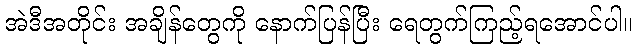
အဲဒီအတိုင်း အချိန်တွေကို နောက်ပြန်ပြီး ရေတွက်ကြည့်ရအောင်ပါ။